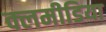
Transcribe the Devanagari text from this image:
क्लमीडिया